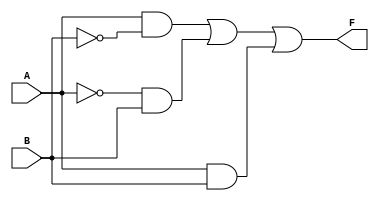
module KMap_Two_Variable (
    input wire A,  // First input variable
    input wire B,  // Second input variable
    output wire F  // Output variable
);

// K-map logic for F based on A and B
assign F = (A & ~B) | (~A & B) | (A & B); // Example K-map for F(A, B)

// You can change the expression based on your specific K-map results.

endmodule